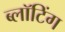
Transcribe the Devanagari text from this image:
ब्लॉटिंग